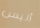
أليس